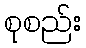
စုစည်း